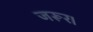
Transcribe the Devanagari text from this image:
जरूर।